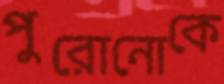
পুরোনোকে